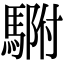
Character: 䮛